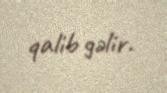
qalib gəlir.